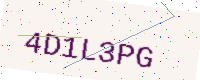
Text: 4D1L3PG